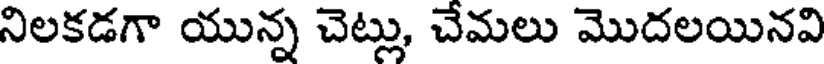
నిలకడగా యున్న చెట్లు, చేమలు మొదలయినవి